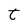
Character: t